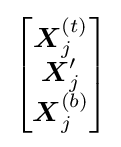
{\begin{bmatrix}{\boldsymbol {X}}_{j}^{(t)}\\{\boldsymbol {X}}_{j}'\\{\boldsymbol {X}}_{j}^{(b)}\end{bmatrix}}